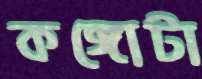
কঙ্গোটা